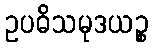
ဥပဓိသမုဒယဉ္စ